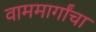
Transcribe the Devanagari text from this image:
वाममार्गांचा